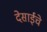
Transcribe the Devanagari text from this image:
देसाईचे